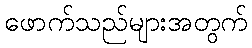
ဖောက်သည်များအတွက်